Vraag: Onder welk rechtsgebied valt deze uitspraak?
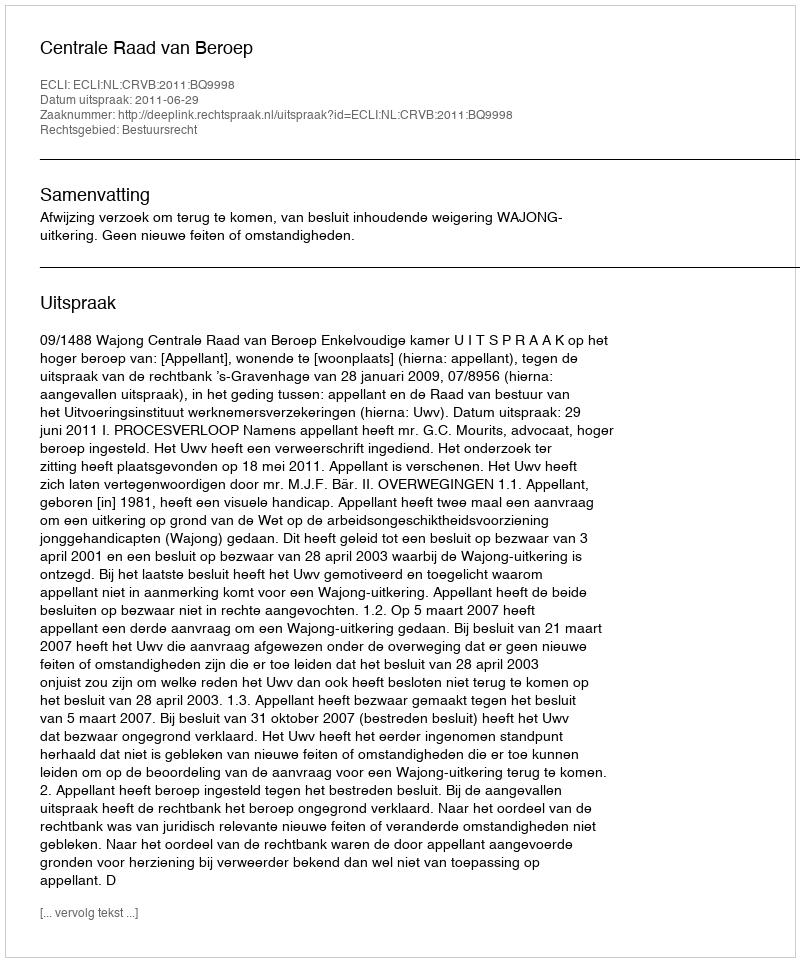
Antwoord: Bestuursrecht